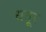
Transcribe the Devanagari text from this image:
धतूर